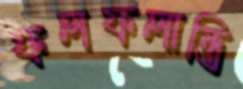
ফলফলান্তি